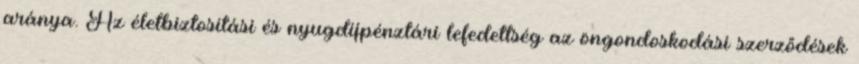
aránya. Az életbiztosítási és nyugdíjpénztári lefedettség az öngondoskodási szerződések